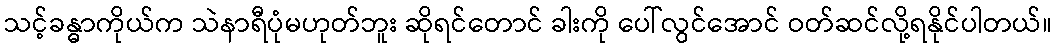
သင့်ခန္ဓာကိုယ်က သဲနာရီပုံမဟုတ်ဘူး ဆိုရင်တောင် ခါးကို ပေါ်လွင်အောင် ဝတ်ဆင်လို့ရနိုင်ပါတယ်။